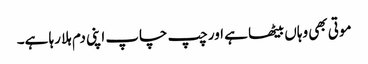
موتی بھی وہاں بیٹھا ہے اور چپ چاپ اپنی دم ہلا رہا ہے۔